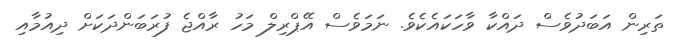
ތަރިން އަބަދުވެސް ދައްކާ ވާހަކައެކެވެ. ނަމަވެސް އޭޕްރިލް މަހު ރާއްޖެ ފުރަބަންދަކަށް ދިއުމާއި